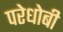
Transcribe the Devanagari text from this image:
परेधोबी